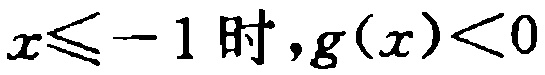
$x\leqslant -1\text{ 时},g(x)<0$